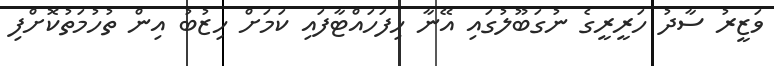
ވަޒީރު ސާދު ހަރީރީގެ ނުގަބޫލުގައި އޭނާ ހިފަހައްޓާފައި ކަމަށް ހިޒުބު އިން ތުހުމަތުކޮށްފި